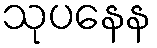
သုပနေန